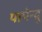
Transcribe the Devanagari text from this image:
पापेन्द्रु